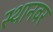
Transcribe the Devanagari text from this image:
स्थानवर